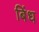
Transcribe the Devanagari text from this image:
बिंध